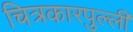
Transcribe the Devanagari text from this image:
चित्रकारपुल्ली